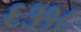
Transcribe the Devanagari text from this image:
६३१८